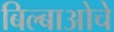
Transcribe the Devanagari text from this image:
बिल्बाओचे